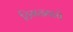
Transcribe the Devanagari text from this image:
ठिगळ्याचे